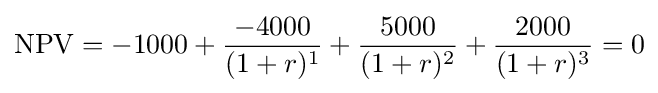
{\text{NPV}}=-1000+{\frac {-4000}{(1+r)^{1}}}+{\frac {5000}{(1+r)^{2}}}+{\frac {2000}{(1+r)^{3}}}=0